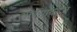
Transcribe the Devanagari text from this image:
गोरेगावहून